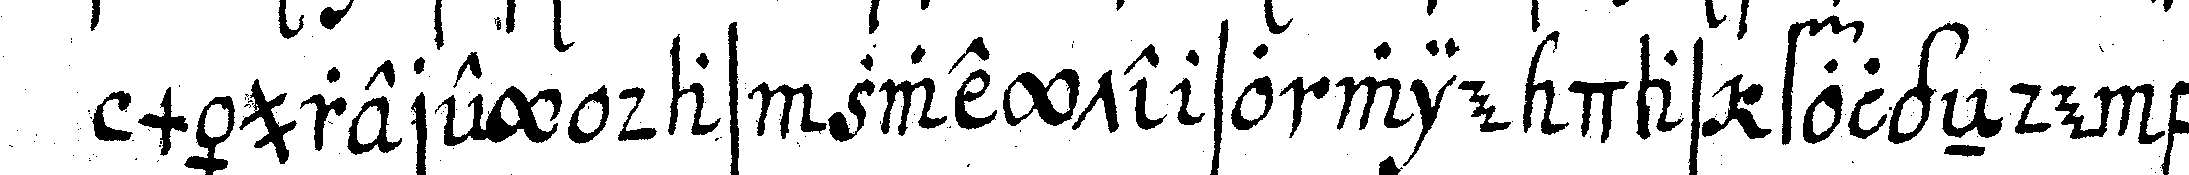
mäurerey das zweyte so wie das folgeNde be